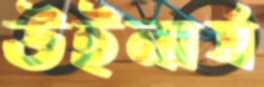
উইনার্স